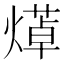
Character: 㷹